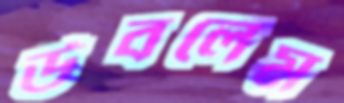
উবলেম